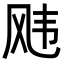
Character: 𬱵